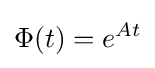
\Phi (t)=e^{At}